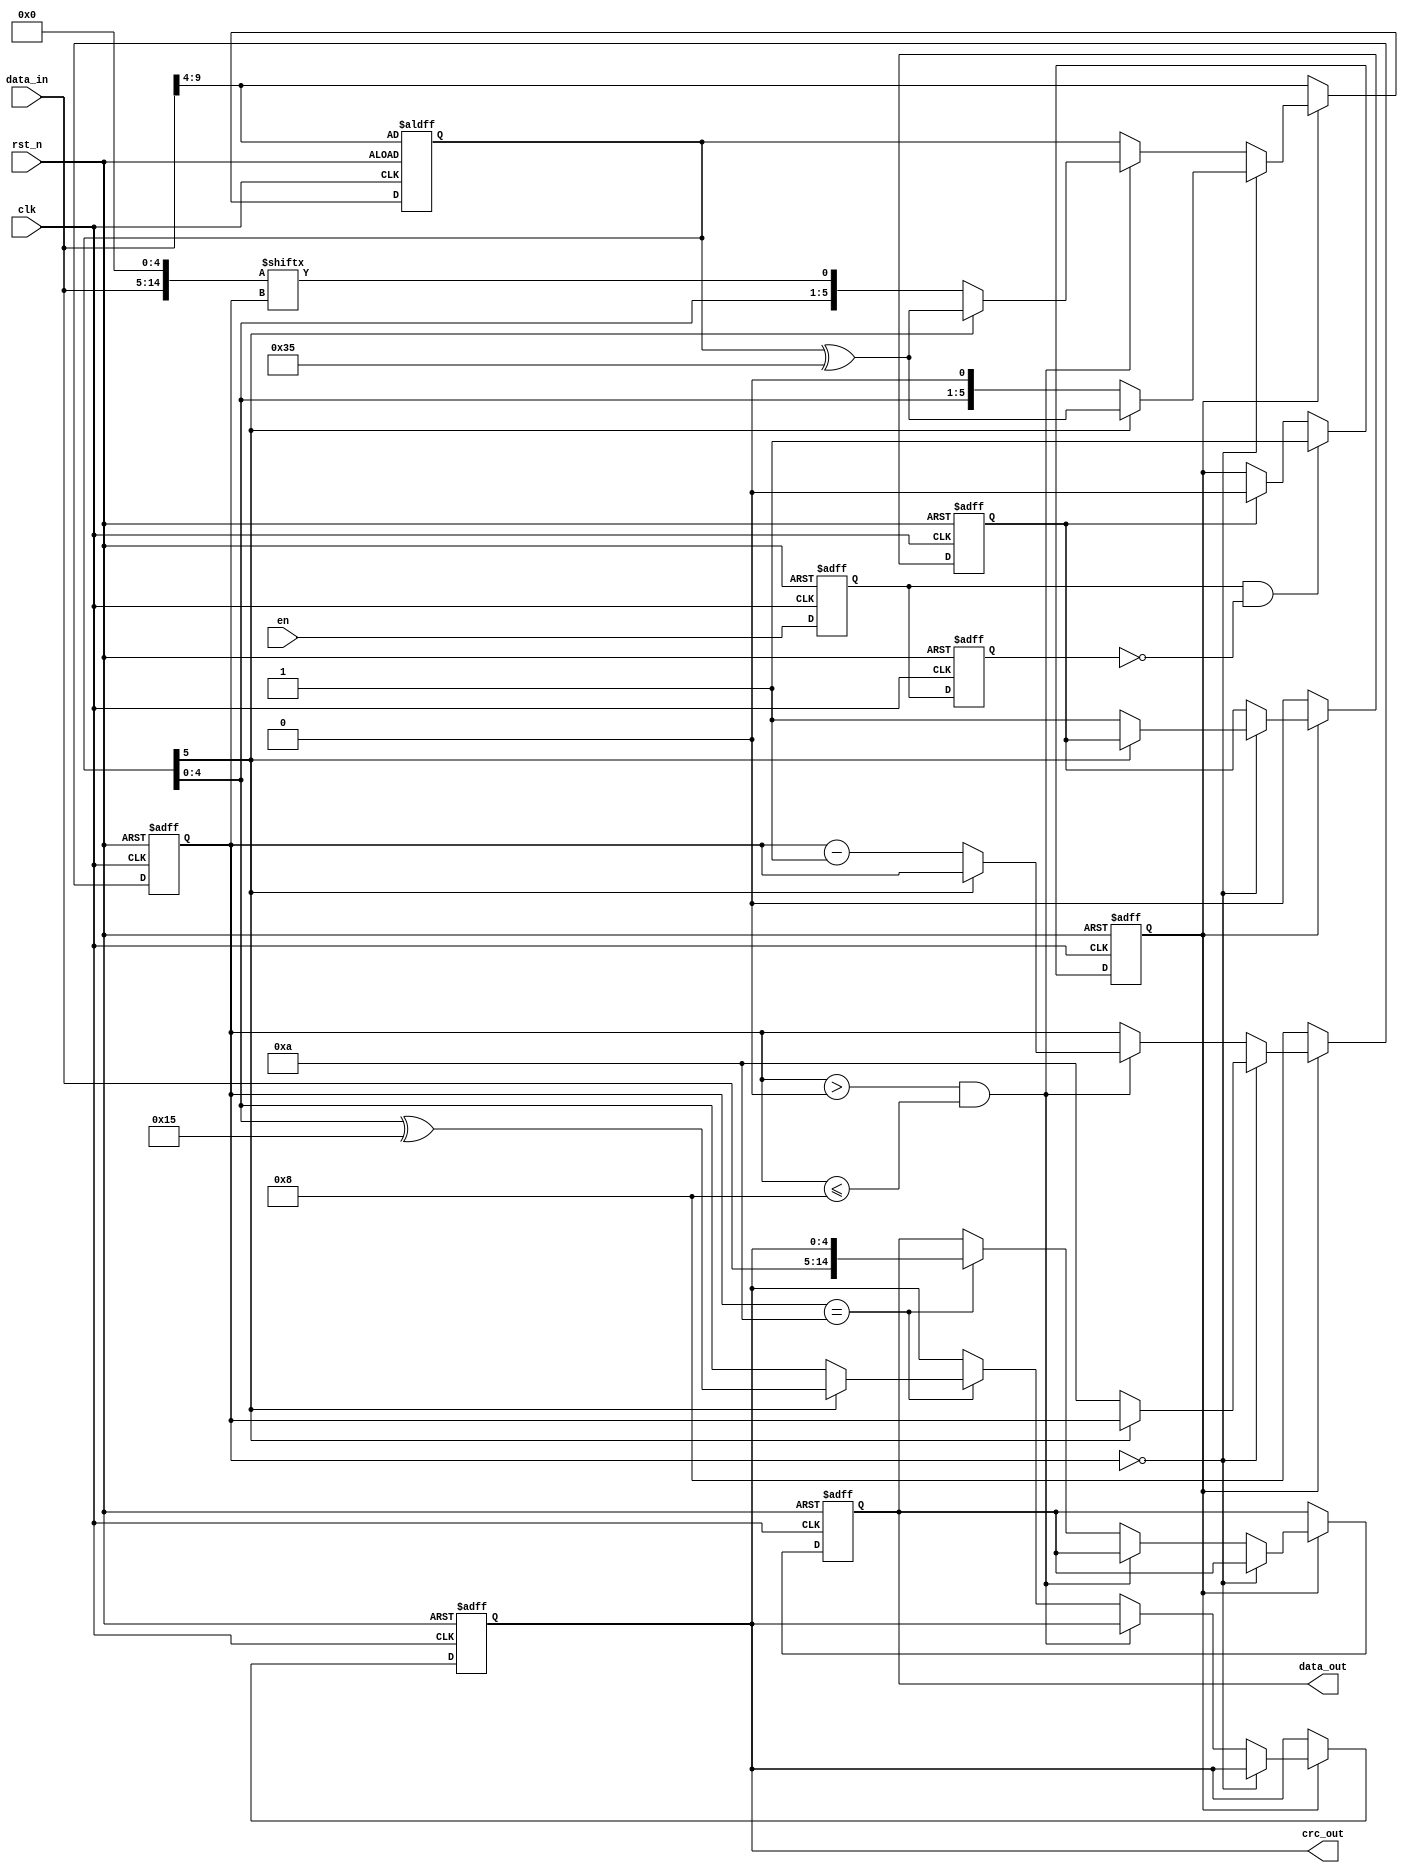
module crc_test(

input en,

input [9:0] data_in,



input clk,

input rst_n,

output reg [4:0] crc_out, //data_out

output reg [14:0] data_out

);

wire [14:0] data_in_reg;

//reg[3:0] cnt;

reg [5:0] crc_out_r;

reg crc_start;

parameter gx_crc_8=6'h35;


reg crc_end;


//crc 

reg clk_crc;

reg [3:0] cnt;

always @(posedge clk or negedge rst_n)

begin

if(!rst_n) begin

cnt<=0;

clk_crc<=0;

end

else if(cnt==4'd5) begin

cnt<=0;

clk_crc<=~clk_crc;

end

else

cnt<=cnt+1;

end

reg data_en1,data_en2;

wire data_en_pos;


always @(posedge clk or negedge rst_n)

begin

if(!rst_n) begin

data_en1<=1'b0;

data_en2<=1'b0;

end

else begin

data_en1<=en;

data_en2<=data_en1;

end

end

assign data_en_pos=(data_en1&(~data_en2)); //



always @(posedge clk or negedge rst_n)

begin

if(!rst_n) begin

crc_start<=1'b0;

end

else if(data_en_pos) begin

crc_start<=1'b1;

end

else if(crc_end)

crc_start<=1'b0;

end

assign data_in_reg={data_in,5'b00_000};

/*always @(posedge clk_crc or negedge rst_n)

begin

if(!rst_n)

data_in_reg<=16'b0;

else ?

data_in_reg<={data_in,5'b00_000};

end

*/









reg [3:0] i;

//data ?width >crc width crc_8

always @(posedge clk or negedge rst_n)

begin

if(!rst_n) begin

crc_out_r<=data_in_reg[14:9];

i<=4'd8;

crc_end<=1'b0;

data_out<=0;

crc_out<=0;

end

else if(crc_start) begin

if (i==0) begin

if(crc_out_r[5]) begin //decide shift or conduct xor operate

crc_out_r<=crc_out_r^gx_crc_8;

end

else begin

i<=4'd10;

crc_out_r<={crc_out_r[4:0],1'b0};

crc_end<=1'b1;

end

end


else if(i>0 &&i<=8) begin

if(crc_out_r[5]) //decide shift or conduct xor operate

crc_out_r<=crc_out_r^gx_crc_8;

else begin

crc_out_r<={crc_out_r[4:0],data_in_reg[i]}; 

i<=i-1; //shift

end

end

else if (i==10) begin

crc_out<=crc_out_r[5]?(crc_out_r[4:0]^gx_crc_8[4:0]):crc_out_r[4:0];

data_out<={data_in,crc_out};

end


end



else begin

i<=4'd8;

crc_end<=1'b0;

crc_out_r<=data_in_reg[14:9];

end

end

endmodule